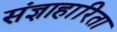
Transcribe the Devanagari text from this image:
संज्ञाहारिता